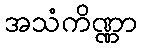
အသံကိဏ္ဏာ